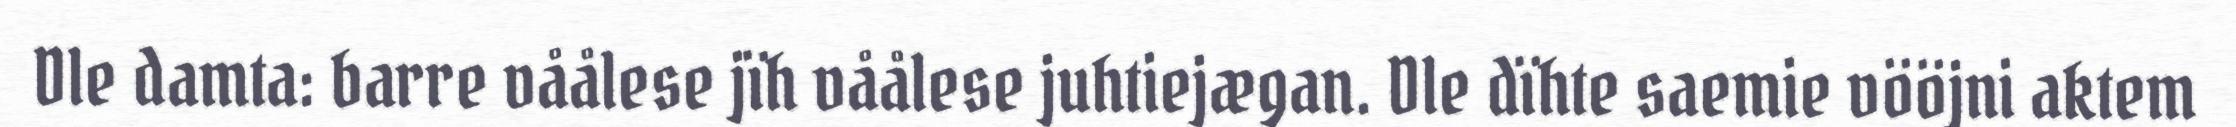
Dle damta: barre våålese jïh våålese juhtiejægan. Dle dïhte saemie vööjni aktem